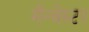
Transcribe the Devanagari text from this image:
मँन्चेस्टर